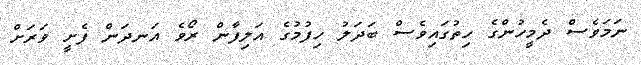
ނަމަވެސް ދެމީހުންގެ ހިތުގައިވެސް ބަދަލު ހިފުމުގެ އަލިފާން ރޯވެ އަނދަން ފެށީ ވަރަށް